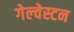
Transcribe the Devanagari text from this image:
गेल्‍वेस्‍टन